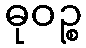
ဓုဝဉ္စ